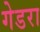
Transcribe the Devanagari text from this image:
गेडरा